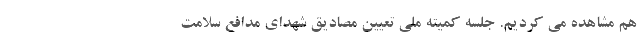
هم مشاهده می کردیم. جلسه کمیته ملی تعیین مصادیق شهدای مدافع سلامت